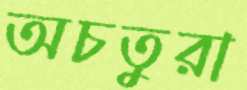
অচতুরা